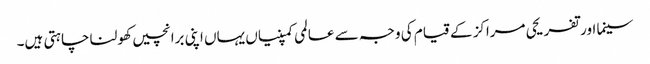
سینما اور تفریحی مراکز کے قیام کی وجہ سے عالمی کمپنیاں یہاں اپنی برانچیں کھولنا چاہتی ہیں۔